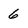
Character: 6